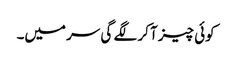
کوئی چیز آ کر لگے گی سر میں۔